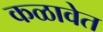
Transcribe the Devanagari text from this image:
कळावेत